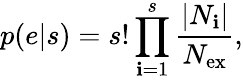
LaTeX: p(e|s)=s!\prod_{\mathbf{i}=1}^{s}\frac{{|N_{\mathbf{i}}|}}{{N_{\mathrm{{ex}}}}},